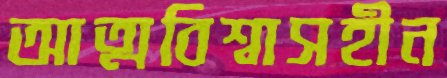
আত্মবিশ্বাসহীন